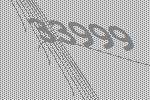
33999